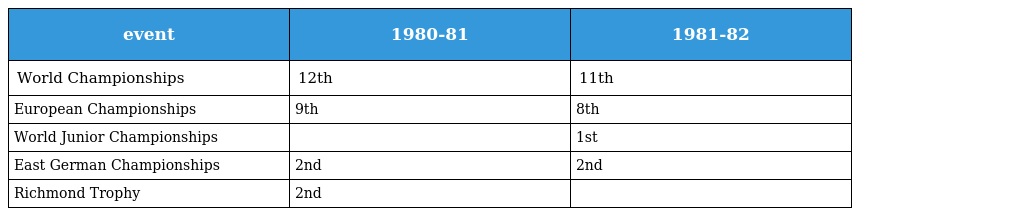
| event | 1980-81 | 1981-82 |
 | --- | --- | --- |
 | World Championships | 12th | 11th |
 | European Championships | 9th | 8th |
 | World Junior Championships |  | 1st |
 | East German Championships | 2nd | 2nd |
 | Richmond Trophy | 2nd |  |